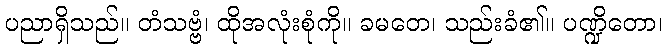
ပညာရှိသည်။ တံသဗ္ဗံ၊ ထိုအလုံးစုံကို။ ခမတေ၊ သည်းခံ၏။ ပဏ္ဍိတော၊